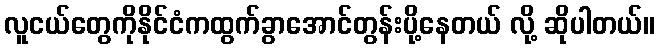
လူငယ်တွေကိုနိုင်ငံကထွက်ခွာအောင်တွန်းပို့နေတယ် လို့ ဆိုပါတယ်။